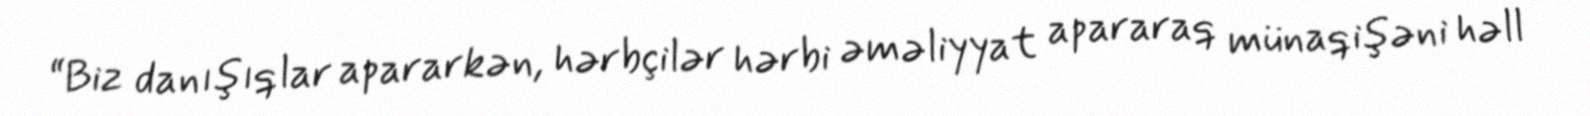
“Biz danışıqlar apararkən, hərbçilər hərbi əməliyyat apararaq münaqişəni həll